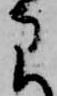
に